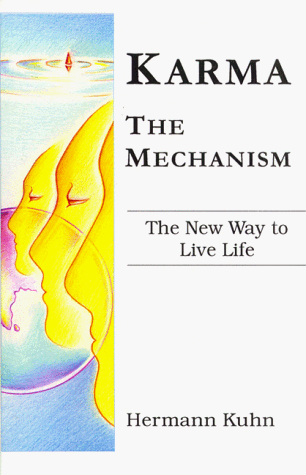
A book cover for Karma - The Mechanism Create Your Own Fate; Hermann Kuhn; Religion & Spirituality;